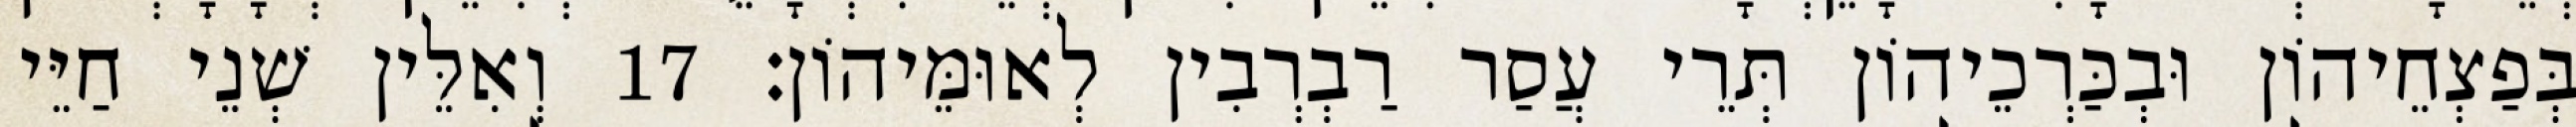
בְּפַצְחֵיהוֹן וּבְכַּרְכֵיהוֹן תְּרֵי עֲסַר רַבְרְבִין לְאוּמֵּיהוֹן׃ 17 וְאִלֵּין שְׁנֵי חַיֵּי